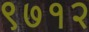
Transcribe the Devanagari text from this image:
९७१२